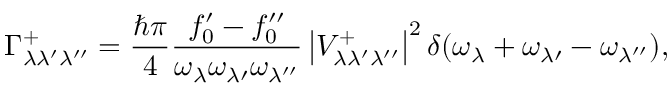
\Gamma _ { \lambda \lambda ^ { \prime } \lambda ^ { \prime \prime } } ^ { + } = \frac { \hbar \pi } { 4 } \frac { f _ { 0 } ^ { \prime } - f _ { 0 } ^ { \prime \prime } } { \omega _ { \lambda } \omega _ { \lambda \prime } \omega _ { \lambda ^ { \prime \prime } } } \left| V _ { \lambda \lambda ^ { \prime } \lambda ^ { \prime \prime } } ^ { + } \right| ^ { 2 } \delta ( \omega _ { \lambda } + \omega _ { \lambda \prime } - \omega _ { \lambda ^ { \prime \prime } } ) ,